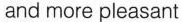
and more pleasant